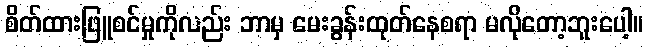
စိတ်ထားဖြူစင်မှုကိုလည်း ဘာမှ မေးခွန်းထုတ်နေစရာ မလိုတော့ဘူးပေါ့။